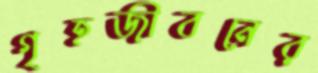
গৃহজীবনের